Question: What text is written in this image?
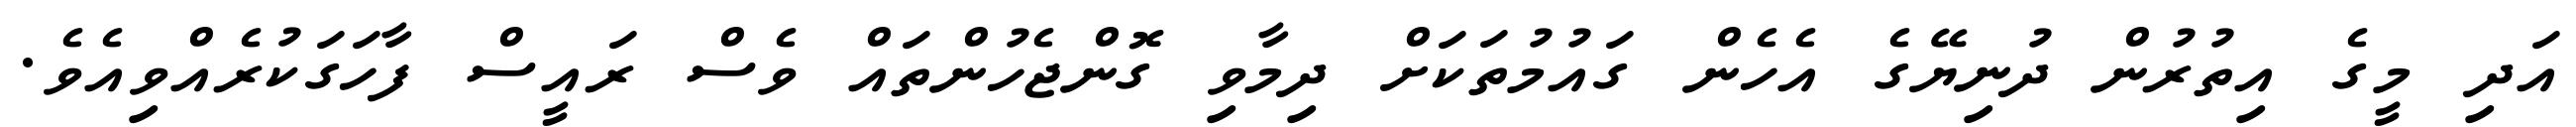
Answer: އަދި މީގެ އިތުރުން ދުނިޔޭގެ އެހެން ގައުމުތަކަށް ދިމާވި ގޮންޖެހުންތައް ވެސް ރައީސް ފާހަގަކުރެއްވިއެވެ.